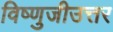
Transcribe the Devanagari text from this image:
विष्णुजीउत्तर